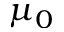
\mu _ { 0 }